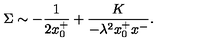
\Sigma \sim - { \frac { 1 } { 2 x _ { 0 } ^ { + } } } + \frac { K } { - \lambda ^ { 2 } x _ { 0 } ^ { + } x ^ { - } } .